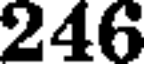
246